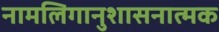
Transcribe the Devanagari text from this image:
नामलिगानुशासनात्मक